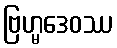
ဗြဟ္မဒေဝဿ